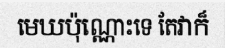
មេឃប៉ុណ្ណោះទេ តែវាក៏